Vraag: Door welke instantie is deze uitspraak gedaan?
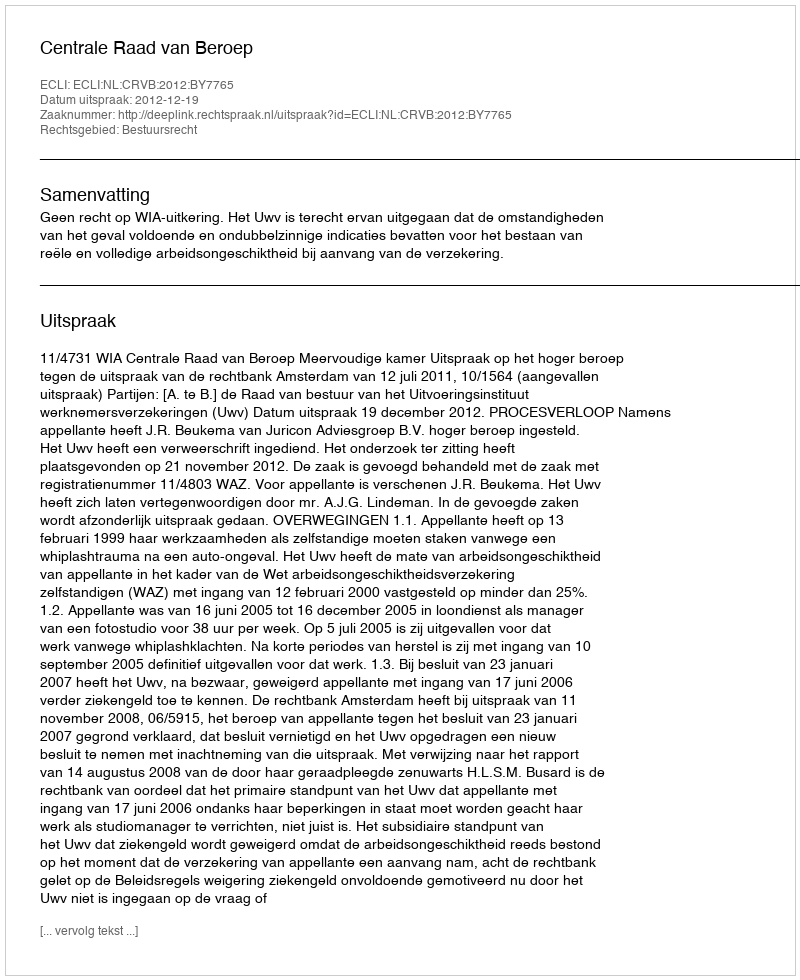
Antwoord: Centrale Raad van Beroep